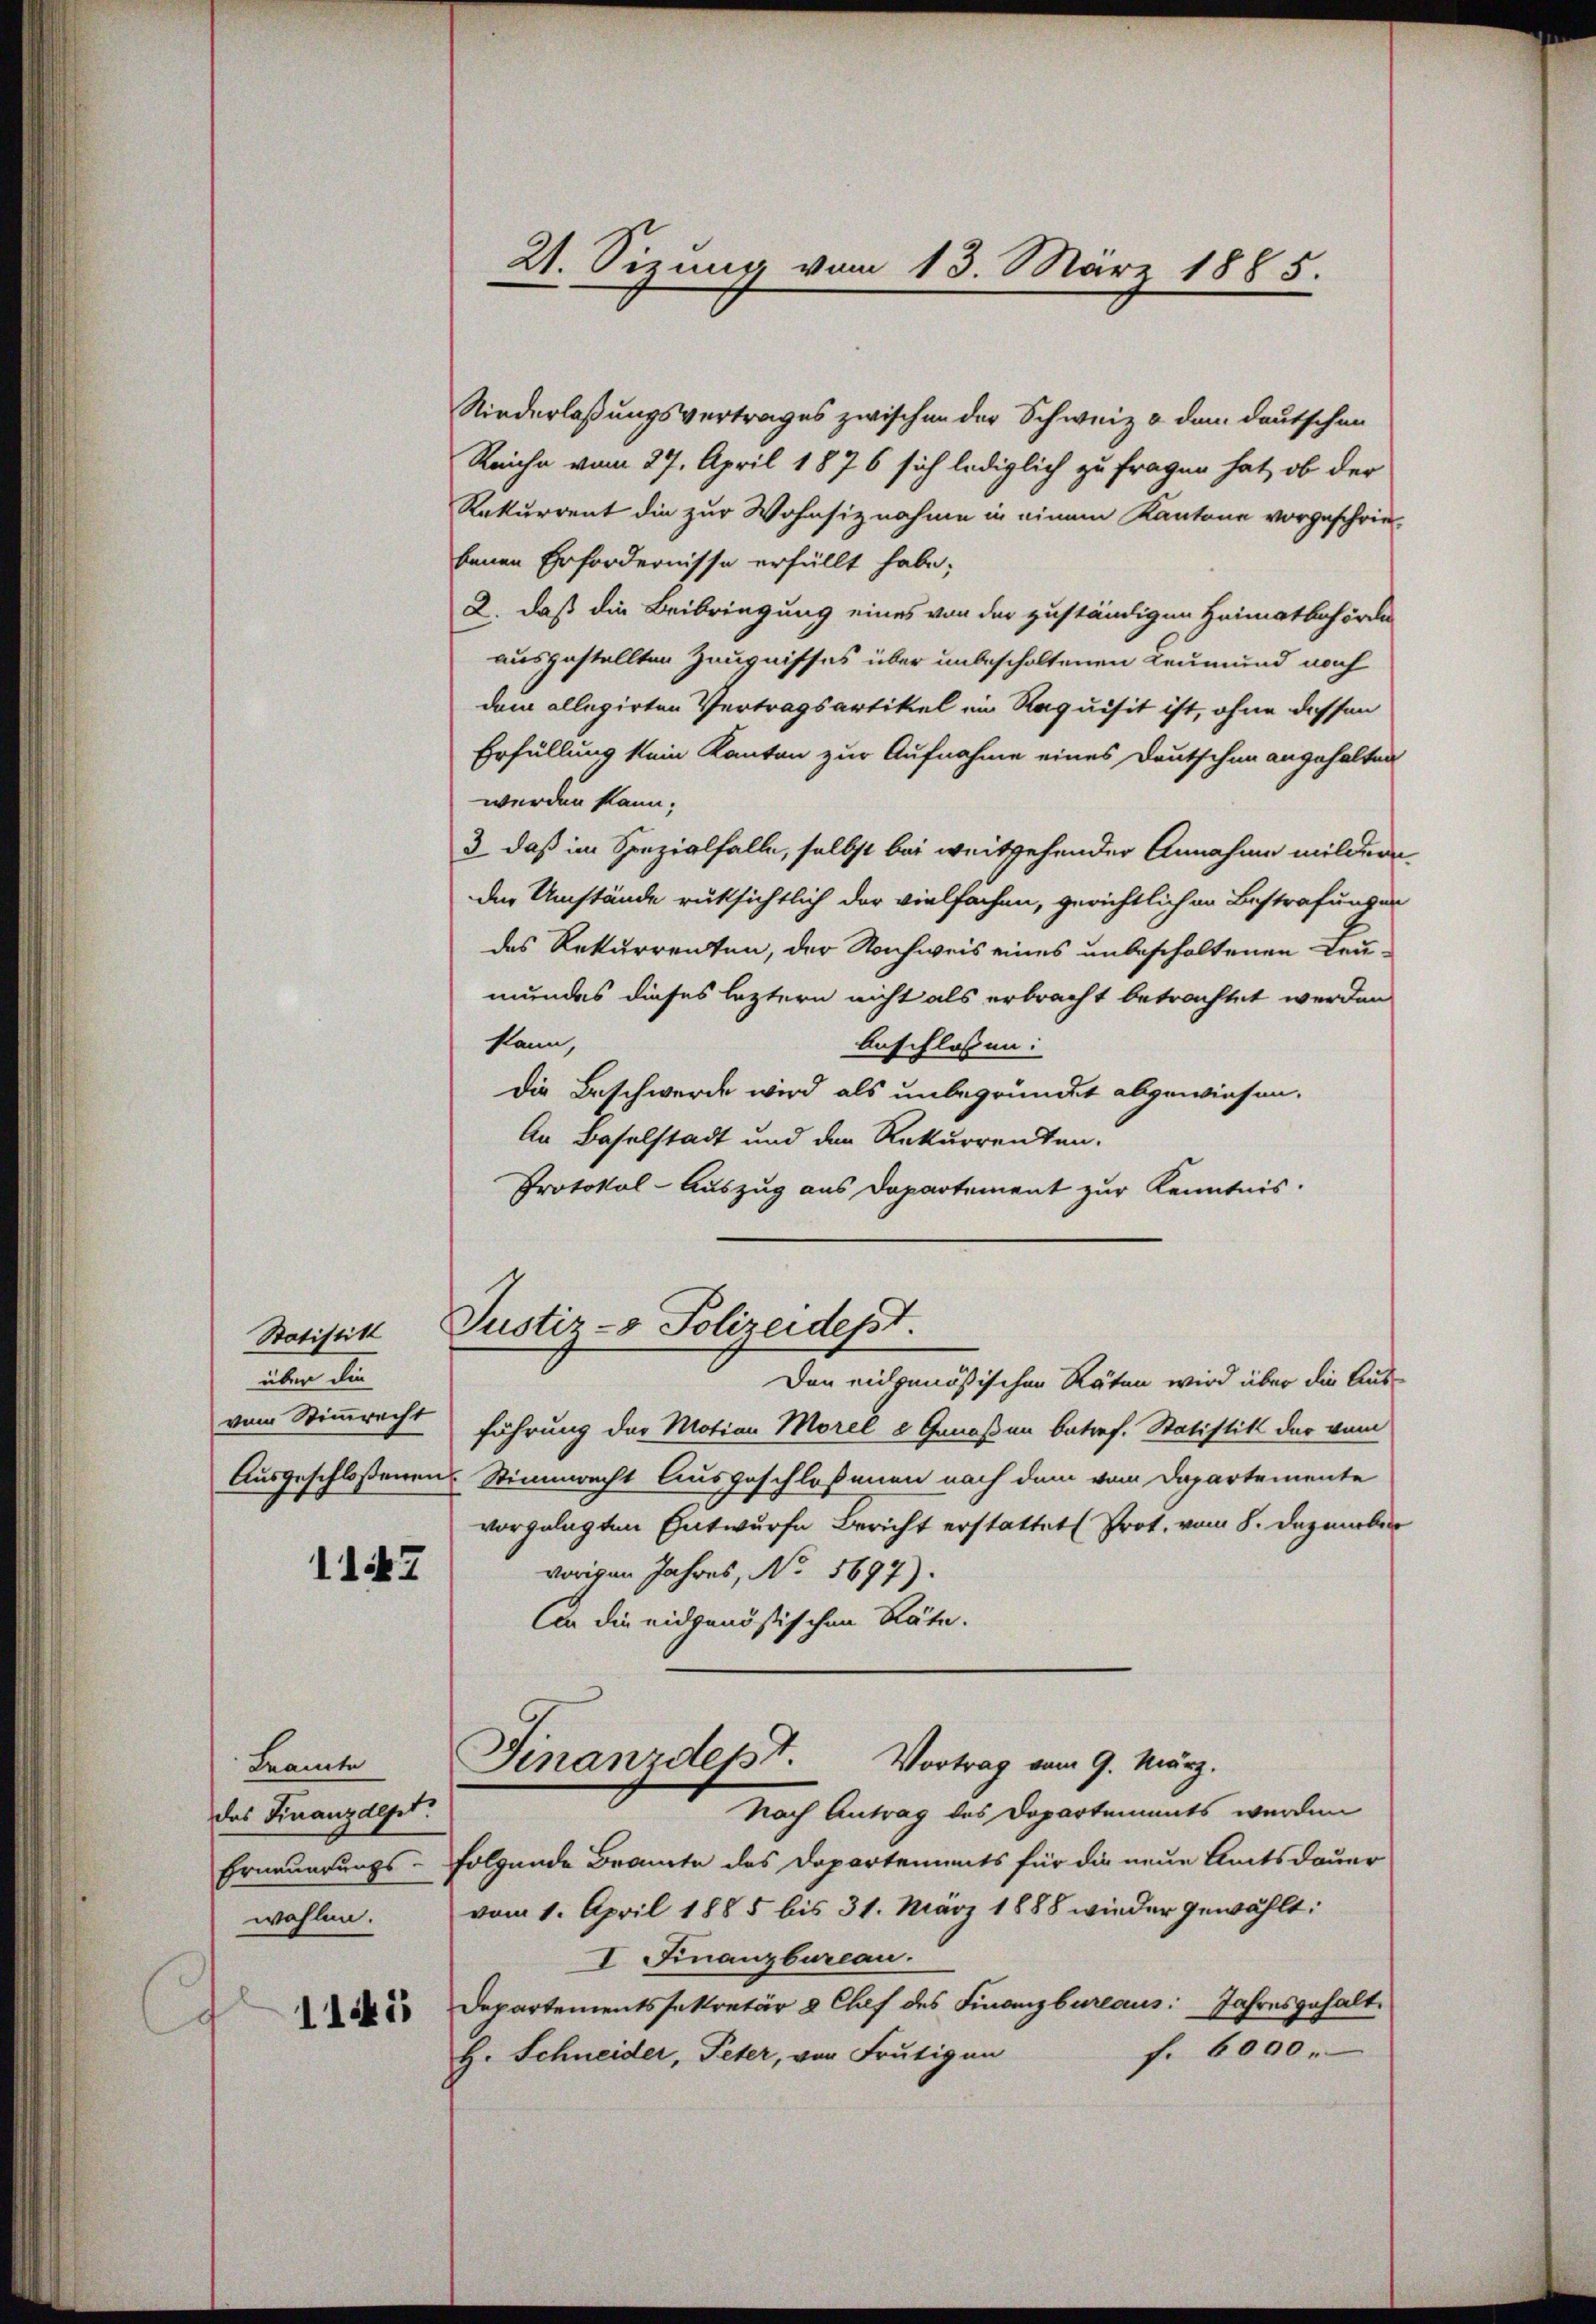
Statistikt
über die
vom Stimmrecht
Ausgeschloßenen

11447

Leamte
das Finanzdept.
Erneuerungs-
wohlen.

11541

Niederlaßungsvertrages zwischen der Schweiz & dem deutschen
Reiche vom 27. April 1876 sich lediglich zu fragen hat, ob der
Rekurrent die zur Wohnsiznahme in einem Kantone vorgeschriebenen Erfordernisse erfüllt habe;
2. daß die Beibringung eines von der zuständigen Heimatbehörde
ausgestellten Zeugnisses über unbeschaltenen Leumund noch
dem allegirten Vertragsartikel im Requisit ist, ohne dessen
Erfüllung kein Kanton zur Aufnahme eines Deutschen angehalten
werden kann.
3 daß im Spezialfalle, selbst bei weitgehender Annahme mildern
der Umstände rüksichtlich der vielfachen, gerichtlich in Bestrafungen
des Rekurrenten, der Nachweis eines unbescholtenen Leumundes dieses leztern nicht als erbracht betrachtet werden
kann,
beschlossen:
die Beschwerde wird als unbegründet abgewiesen.
An Baselstadt und den Rekurrenten.
Protokol-Auszug aus Departement zur Kenntnis.

21. Sizung vom 13. März 1885.

Justiz- & Polizeidept.

Finanzdept.
Vortrag vom 9. März.
Nach Antrag des Departements werden

Den eidgenößischen Räten wird über die Ausführung der Motion Morel e Genoßen betref. Statistik der vom
Stimmrecht Ausgeschloßenen nach dem vom Departemente
vorgelegten Entwurfe Bericht erstattet (Prot. vom 8. Dezember
vorigen Jahres, No. 5697).
An die eidgenössischen Räte.
folgende Brannte des Departements für die neue Amtsdauer
vom 1. April 1885 bis 31. März 1888 wieder gewählt:
I Finanzbureau.
Departementssekretär & Chef des Finanzbureaus: Jahresgehaltf. 6000.
H. Schneider, Peter, von Frutigen